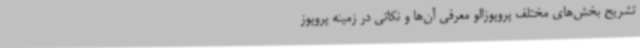
تشریح بخش‌های مختلف پروپوزالو معرفی آن‌ها و نکاتی در زمینه پروپوز